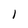
Character: l